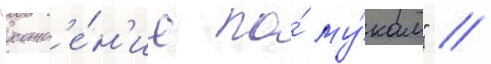
"хожд'е́н'ие по́ му́кам" //